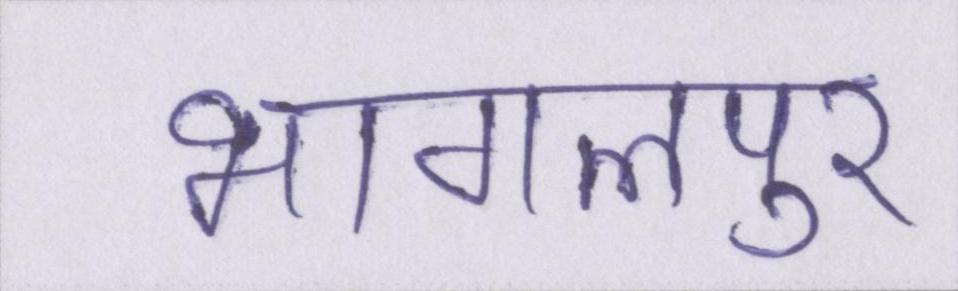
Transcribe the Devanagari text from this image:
भागलपुर